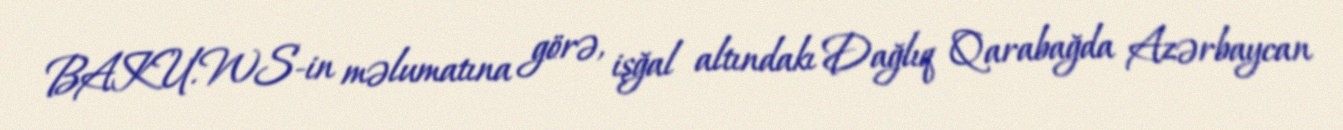
BAKU.WS-in məlumatına görə, işğal altındakı Dağlıq Qarabağda Azərbaycan